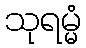
သုရမ္မံ